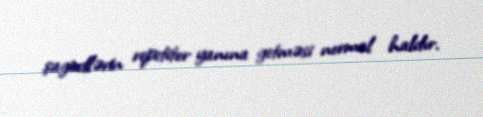
şagirdlərin repetitor yanına getməsi normal haldır.